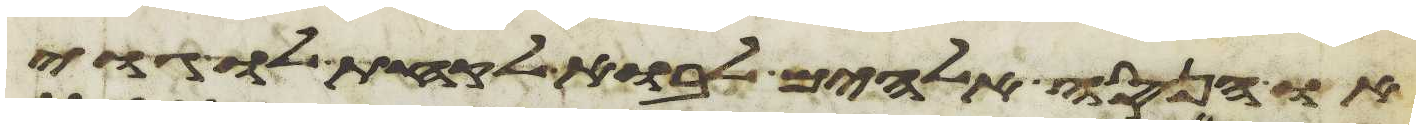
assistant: או הנסה אלהים לבוא לקחת לו גוי